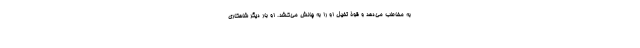
به مخاطب می‌دهد و قوۀ تخیل او را به چالش می‌کشد. او بار دیگر شاهکاری